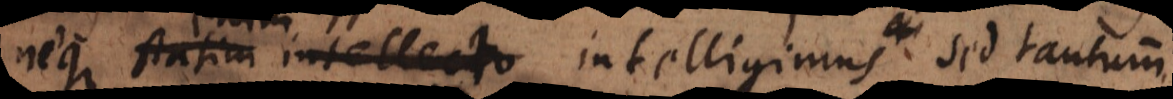
neque statim intellecto intelligimus aut